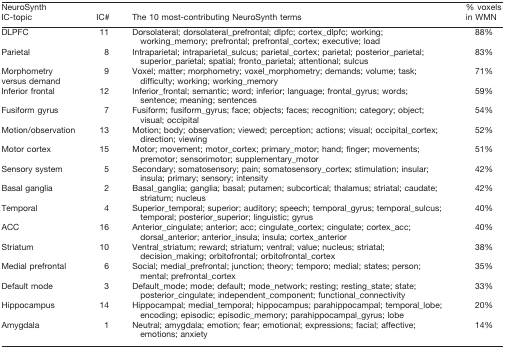
<table><thead><tr><td><b>NeuroSynth IC-topic</b></td><td><b>IC#</b></td><td><b>The 10 most-contributing NeuroSynth terms</b></td><td><b>% voxels in WMN</b></td></tr></thead><tbody><tr><td>DLPFC</td><td>11</td><td>Dorsolateral; dorsolateral_prefrontal; dlpfc; cortex_dlpfc; working; working_memory; prefrontal; prefrontal_cortex; executive; load</td><td>88%</td></tr><tr><td>Parietal</td><td>8</td><td>Intraparietal; intraparietal_sulcus; parietal_cortex; parietal; posterior_parietal; superior_parietal; spatial; fronto_parietal; attentional; sulcus</td><td>83%</td></tr><tr><td>Morphometryversus demand</td><td>9</td><td>Voxel; matter; morphometry; voxel_morphometry; demands; volume; task; difficulty; working; working_memory</td><td>71%</td></tr><tr><td>Inferior frontal</td><td>12</td><td>Inferior_frontal; semantic; word; inferior; language; frontal_gyrus; words; sentence; meaning; sentences</td><td>59%</td></tr><tr><td>Fusiform gyrus</td><td>7</td><td>Fusiform; fusiform_gyrus; face; objects; faces; recognition; category; object; visual; occipital</td><td>54%</td></tr><tr><td>Motion/observation</td><td>13</td><td>Motion; body; observation; viewed; perception; actions; visual; occipital_cortex; direction; viewing</td><td>52%</td></tr><tr><td>Motor cortex</td><td>15</td><td>Motor; movement; motor_cortex; primary_motor; hand; finger; movements; premotor; sensorimotor; supplementary_motor</td><td>51%</td></tr><tr><td>Sensory system</td><td>5</td><td>Secondary; somatosensory; pain; somatosensory_cortex; stimulation; insular; insula; primary; sensory; intensity</td><td>42%</td></tr><tr><td>Basal ganglia</td><td>2</td><td>Basal_ganglia; ganglia; basal; putamen; subcortical; thalamus; striatal; caudate; striatum; nucleus</td><td>42%</td></tr><tr><td>Temporal</td><td>4</td><td>Superior_temporal; superior; auditory; speech; temporal_gyrus; temporal_sulcus; temporal; posterior_superior; linguistic; gyrus</td><td>40%</td></tr><tr><td>ACC</td><td>16</td><td>Anterior_cingulate; anterior; acc; cingulate_cortex; cingulate; cortex_acc; dorsal_anterior; anterior_insula; insula; cortex_anterior</td><td>40%</td></tr><tr><td>Striatum</td><td>10</td><td>Ventral_striatum; reward; striatum; ventral; value; nucleus; striatal; decision_making; orbitofrontal; orbitofrontal_cortex</td><td>38%</td></tr><tr><td>Medial prefrontal</td><td>6</td><td>Social; medial_prefrontal; junction; theory; temporo; medial; states; person; mental; prefrontal_cortex</td><td>35%</td></tr><tr><td>Default mode</td><td>3</td><td>Default_mode; mode; default; mode_network; resting; resting_state; state; posterior_cingulate; independent_component; functional_connectivity</td><td>33%</td></tr><tr><td>Hippocampus</td><td>14</td><td>Hippocampal; medial_temporal; hippocampus; parahippocampal; temporal_lobe; encoding; episodic; episodic_memory; parahippocampal_gyrus; lobe</td><td>20%</td></tr><tr><td>Amygdala</td><td>1</td><td>Neutral; amygdala; emotion; fear; emotional; expressions; facial; affective; emotions; anxiety</td><td>14%</td></tr></tbody></table>